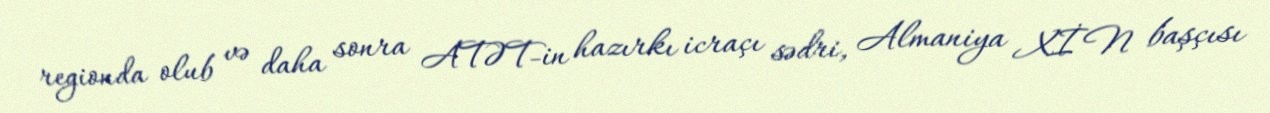
regionda olub və daha sonra ATƏT-in hazırkı icraçı sədri, Almaniya XİN başçısı